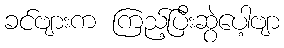
ခင်ဗျားက ကြည့်ပြီးဆွဲပေါ့ဗျာ